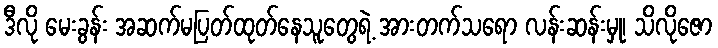
ဒီလို မေးခွန်း အဆက်မပြတ်ထုတ်နေသူတွေရဲ့ အားတက်သရော လန်းဆန်းမှု၊ သိလိုဇော